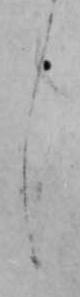
し